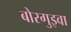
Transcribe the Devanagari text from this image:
बोरगुइवा